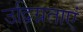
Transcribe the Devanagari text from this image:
उद्विग्नताएं